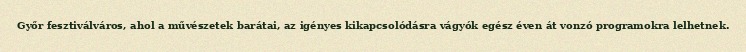
Győr fesztiválváros, ahol a művészetek barátai, az igényes kikapcsolódásra vágyók egész éven át vonzó programokra lelhetnek.